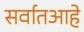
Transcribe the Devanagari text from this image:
सर्वातआहे